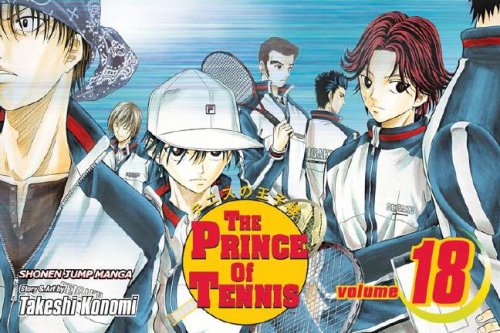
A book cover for The Prince of Tennis, Vol. 18; Takeshi Konomi; Comics & Graphic Novels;